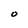
Character: O